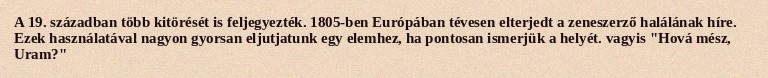
A 19. században több kitörését is feljegyezték. 1805-ben Európában tévesen elterjedt a zeneszerző halálának híre. Ezek használatával nagyon gyorsan eljutjatunk egy elemhez, ha pontosan ismerjük a helyét. vagyis "Hová mész, Uram?"